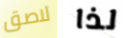
لاصق لذا